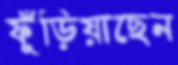
ফুঁড়িয়াছেন